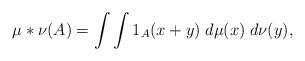
LaTeX: \begin{align*} \mu\ast \nu (A) = \int \int 1_A(x+y) \;d\mu(x)\;d\nu(y), \end{align*}